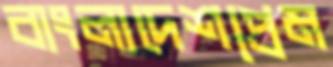
বাংলাদেশপ্রেম